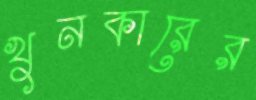
খুনকারের